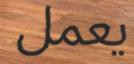
يعمل